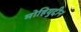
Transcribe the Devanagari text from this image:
मोहियुद्दीन